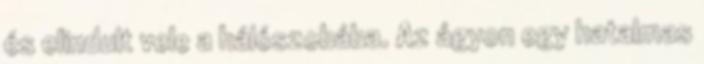
és elindult vele a hálószobába. Az ágyon egy hatalmas